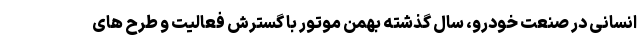
انسانی در صنعت خودرو، سال گذشته بهمن موتور با گسترش فعالیت و طرح های